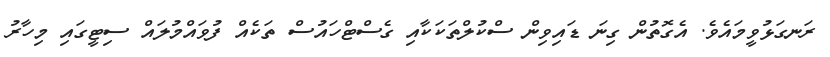
ރަނގަޅުވީމައެވެ. އެގޮތުން ގިނަ ޑައިވިން ސްކުލްތަކަކާއި ގެސްޓްހައުސް ތަކެއް ފުވައްމުލައް ސިޓީގައި މިހާރު